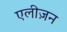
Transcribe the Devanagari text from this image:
एलीज़न